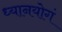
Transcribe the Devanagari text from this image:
ध्यानयोगं